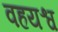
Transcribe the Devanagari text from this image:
वहयश्व